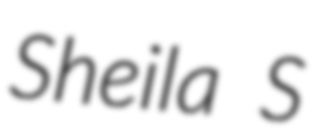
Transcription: Sheila S